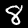
Digit: 8